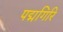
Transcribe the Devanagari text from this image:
पद्मगिरि